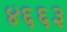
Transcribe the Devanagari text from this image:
४६६३